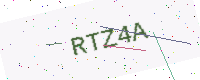
Text: RTZ4A